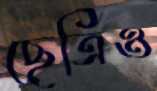
ছেত্রিও